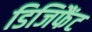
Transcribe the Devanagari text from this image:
डिजिफैंट